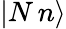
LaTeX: |N\, n\rangle